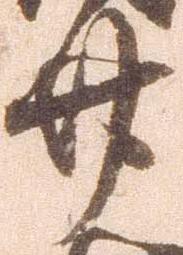
廿